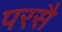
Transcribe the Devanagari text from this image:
परसै